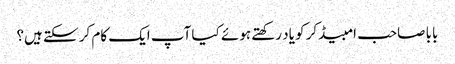
بابا صاحب امبیڈکر کو یاد رکھتے ہوئے کیا آپ ایک کام کر سکتے ہیں؟